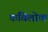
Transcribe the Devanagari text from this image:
कविलोक